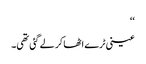
‘‘
عینی ٹرے اٹھا کر لے گئی تھی۔